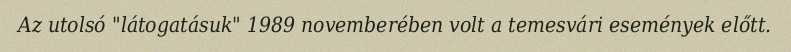
Az utolsó "látogatásuk" 1989 novemberében volt a temesvári események előtt.